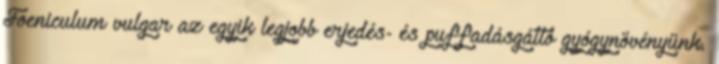
Foeniculum vulgar az egyik legjobb erjedés- és puffadásgátló gyógynövényünk.